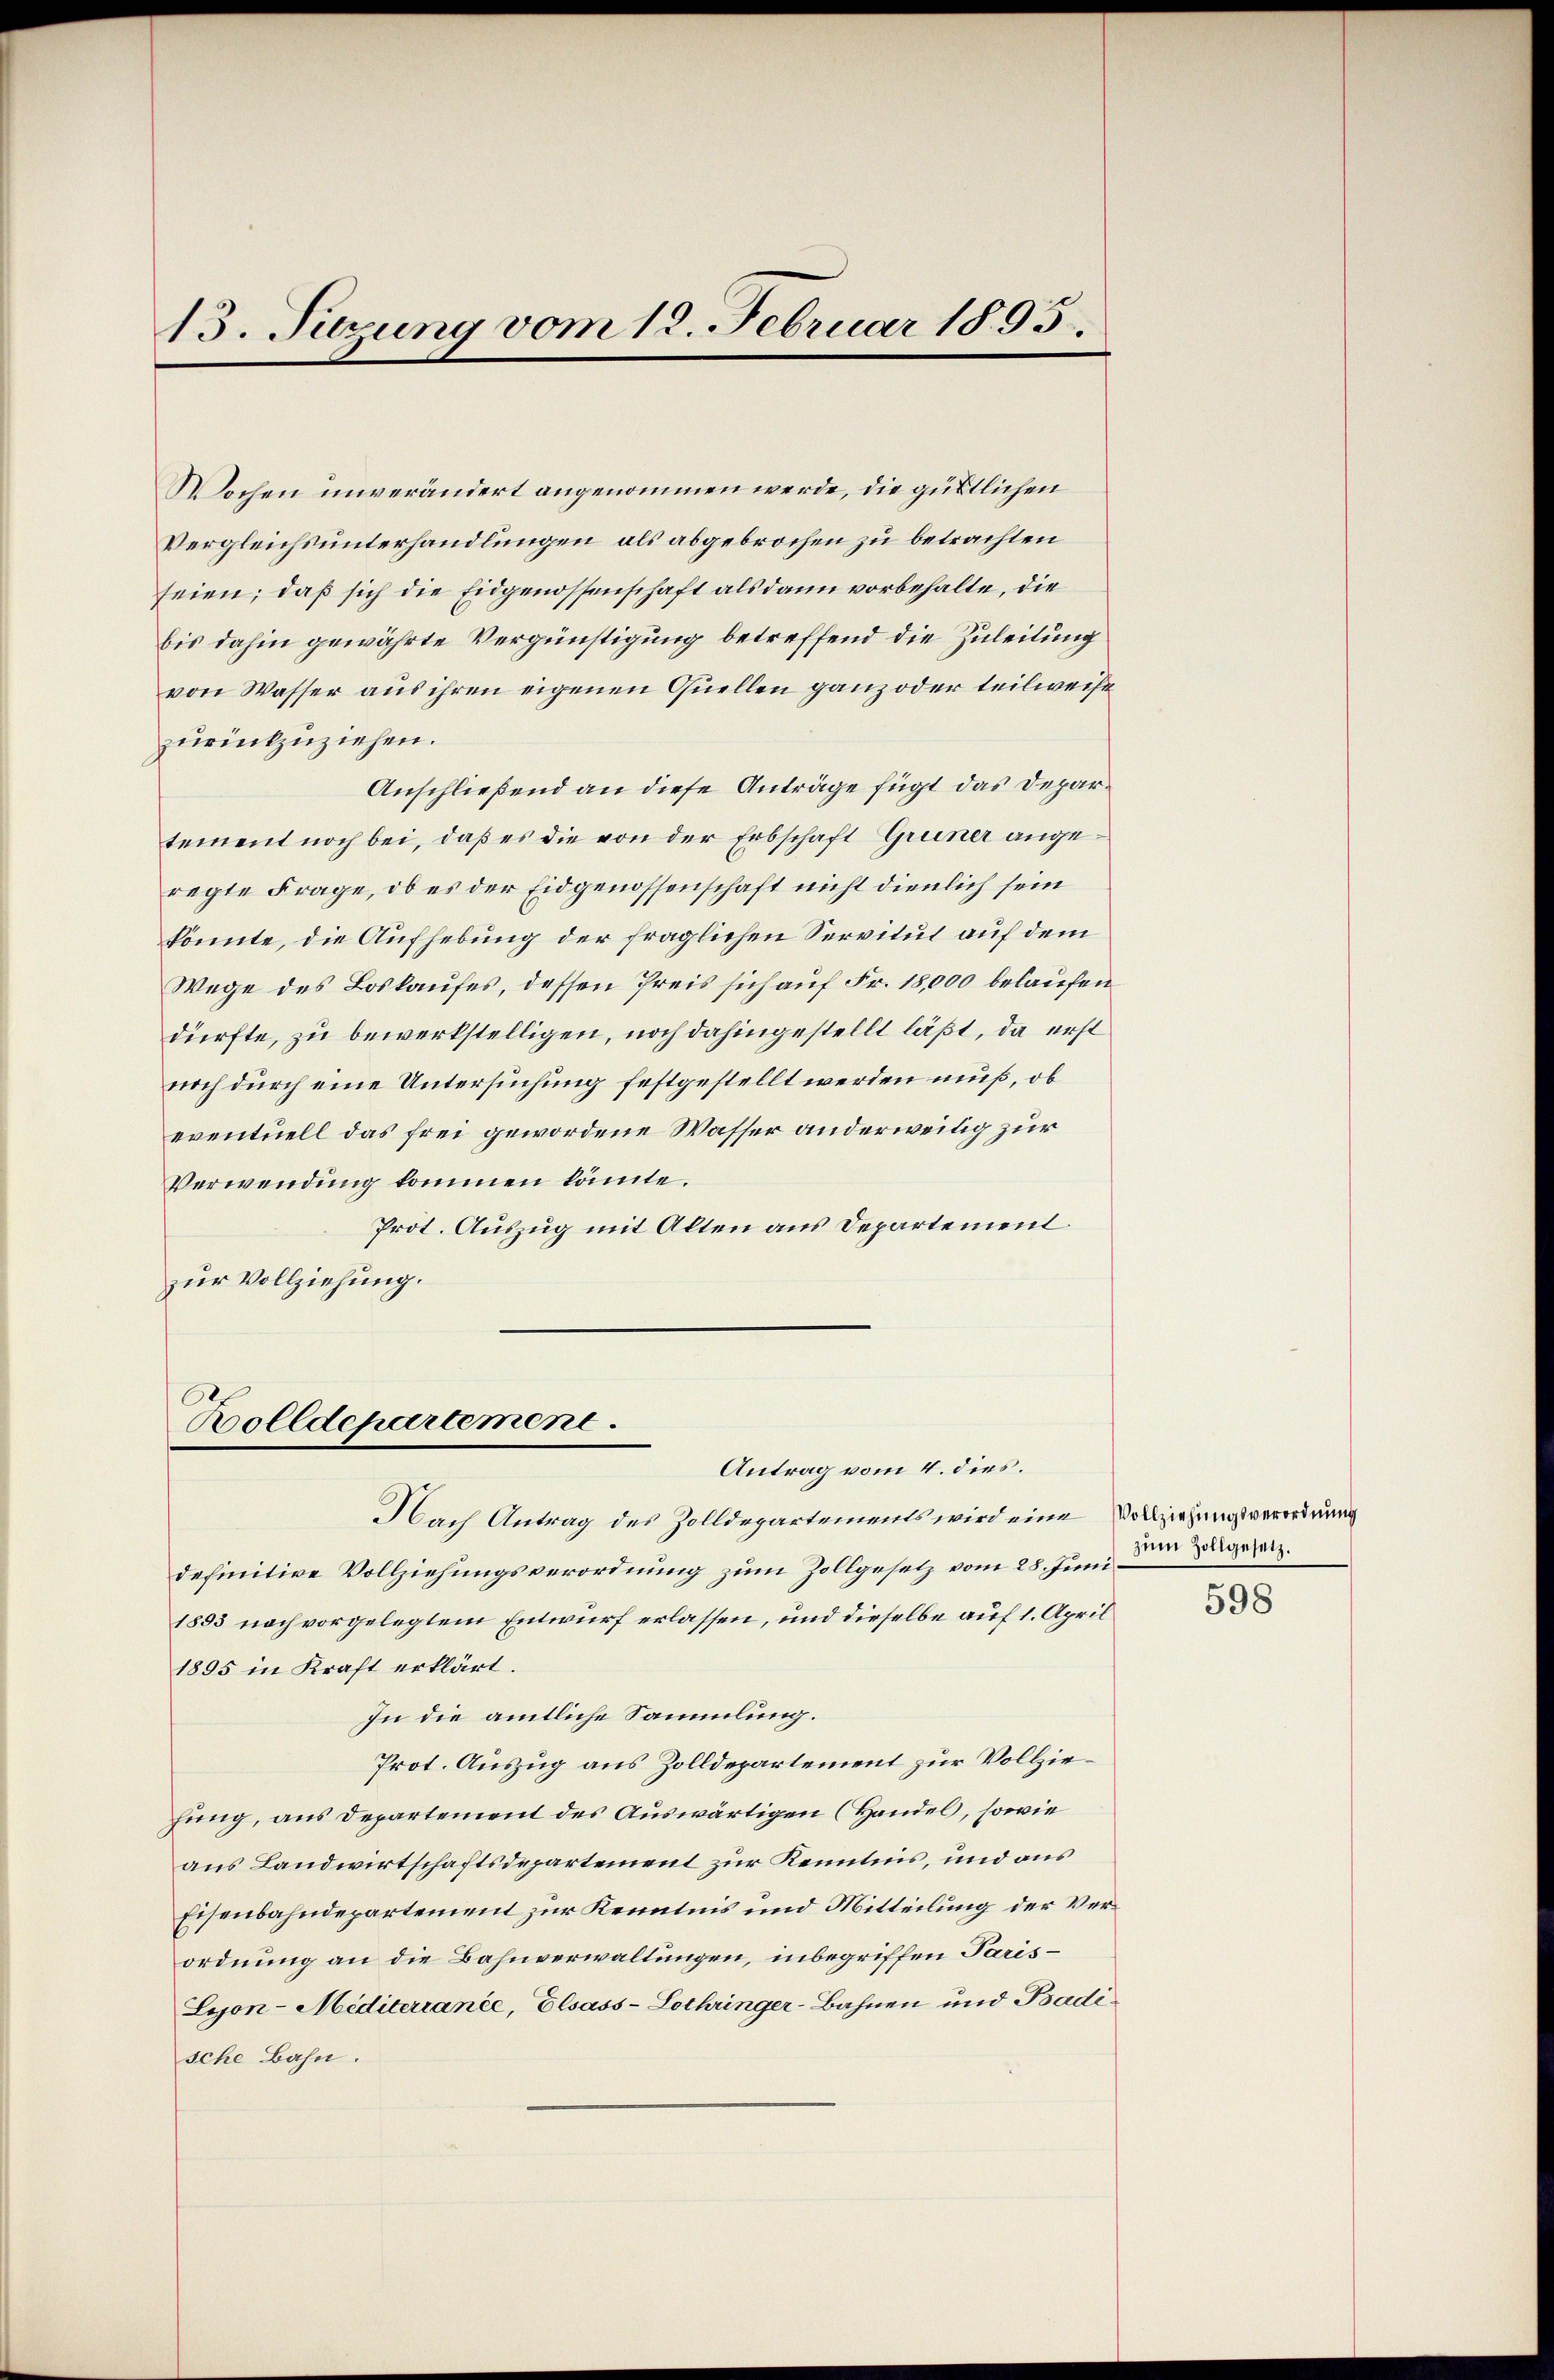
Wochen unverändert angenommen werde, die güttlichen
Vergleichsunterhandlungen als abgebrochen zu betrachten
seien; daß sich die Eidgenossenschaft als dann vorbehalte, die
bis dahin gewährte Vergünstigung betreffend die Zuleitung
von Wasser aus ihren eigenen Quellen ganz oder teilweise
zurückzuziehen.
Anschließend an diese Anträge fügt das Departement noch bei, daß es die von der Erbschaft Gruner angeregte Frage, ob es der Eidgenossenschaft nicht dienlich sein
könnte, die Aufhebung der fraglichen Servitut auf dem
Wege des Loskaufes, dessen Preis sich auf Fr. 18,000 belaufen
dürfte, zu bewerkstelligen, noch dahingestellt läßt, da erst
noch durch eine Untersuchung festgestellt werden muß, ob
eventuell das frei gewordene Wasser anderweitig zur
Verwendung kommen könnte.
Prot. Auszug mit Alten aus Departement
zur Vollziehung.

13. Sitzung vom 12. Februar 1895.

Bolldepartement.

Antrag vom 4. dies.
Nach Antrag des Zolldepartements wird eine Vollziehungsverordnung
definitive Vollziehungsverordnung zum Zollgesetz vom 28. Juni den gesan
1893 noch vorgelegtem Entwurf erlassen, und dieselbe auf 1. April
1895 in Kraft erklärt.
In die amtliche Sammlung.
Prot. Auszug aus Zolldepartement zur Vollziefung, aus Departement des Auswärtigen (Handel, sowie
aus Landwirtschaftsdepartement zur Kenntnis, und aus
Eisenbahndepartement zur Kenntnis und Mitteilung der Verordnung an die Bahnverwaltungen, inbegriffen Paris¬
Lyon-Mediterranie, Elsass-Lothringer-Bahnen und Badi
sche Bahn.

598